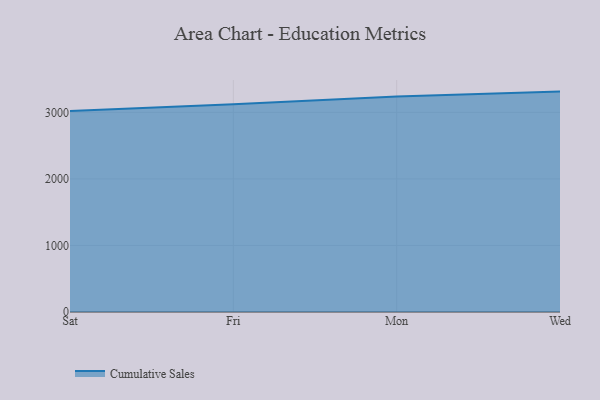
{"axis": {"x": "Day", "y": "LTV (USD)"}, "legend": ["Cumulative Sales"], "data": [{"x": "Sat", "y": 3018.8, "type": "Cumulative Sales"}, {"x": "Fri", "y": 3121.1, "type": "Cumulative Sales"}, {"x": "Mon", "y": 3239.1, "type": "Cumulative Sales"}, {"x": "Wed", "y": 3312.1, "type": "Cumulative Sales"}]}